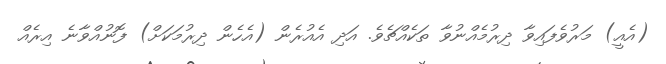
(އެއީ) މަރުވެފައިވާ ދިރުމެއްނުވާ ތަކެއްޗެވެ. އަދި އެއުރެން (އެހެން ދިރުމަކަށް) ފޮނުއްވާނެ އިރެއް